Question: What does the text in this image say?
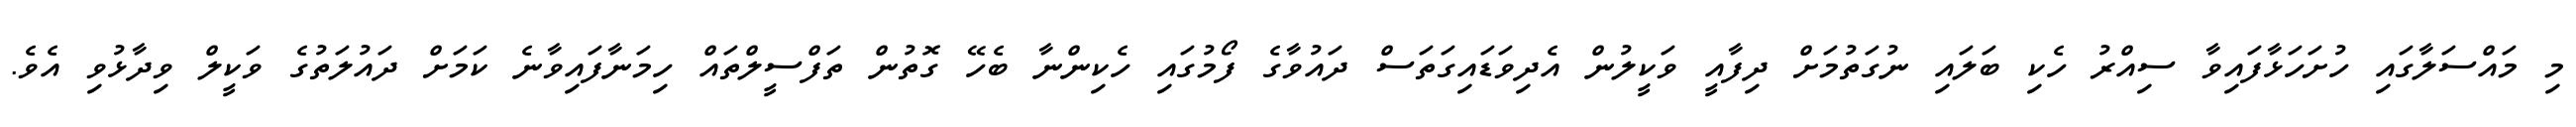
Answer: މި މައްސަލާގައި ހުށަހަޅާފައިވާ ސިއްރު ހެކި ބަލައި ނުގަތުމަށް ދިފާއީ ވަކީލުން އެދިވަޑައިގަތަސް ދައުވާގެ ފޯމުގައި ހެކިންނާ ބެހޭ ގޮތުން ތަފްސީލްތައް ހިމަނާފައިވާނެ ކަމަށް ދައުލަތުގެ ވަކީލް ވިދާޅުވި އެވެ.